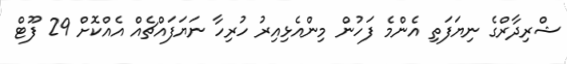
ޝްރިދާރްގެ ނިޔަފަތި އެންމެ ފަހުން މިންއެޅިއިރު ހުރިހާ ނަޔަފައްޗެއް އެއްކޮށް 29 ފޫޓް